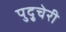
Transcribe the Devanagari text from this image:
पुदु्चेरी